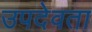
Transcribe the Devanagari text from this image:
उपदेवता